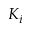
K _ { i }